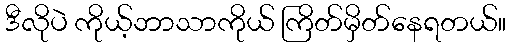
ဒီလိုပဲ ကိုယ့်ဘာသာကိုယ် ကြိတ်မှိတ်နေရတယ်။